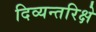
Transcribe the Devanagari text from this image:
दिव्यन्तरिक्षे